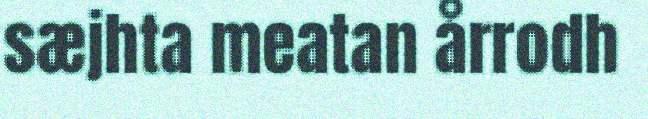
sæjhta meatan årrodh